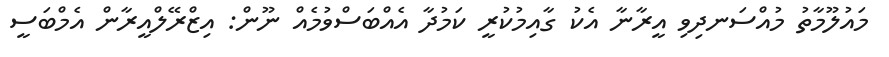
މައުލޫމާތު މުއްސަނދިވި އީރާނާ އެކު ގާއިމުކުރީ ކަމުދާ އެއްބަސްވުމެއް ނޫން: އިޒްރޭލްއީރާން އެމްބަސީ